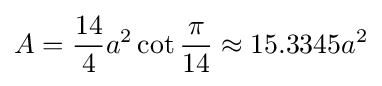
A={\frac {14}{4}}a^{2}\cot {\frac {\pi }{14}}\approx 15.3345a^{2}